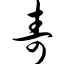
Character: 寿